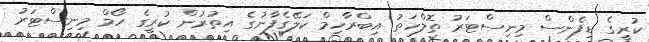
ކުރީގެ ޑިފެންސް މިނިސްޓަރު ތޮލްހަތު އިބްރާހިމް ކަލޭގެފާނުގެ އިތުރުން ކުރީގެ ހޯމް މިނިސްޓަރު